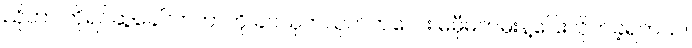
ညိုဟာ ကိုရင်ဆွဲခေါ်လာတာကို ခပ်သုတ်သုတ်ကလေး မမှီမကမ်းနဲ့ပြေးလိုက်ခဲ့ရတယ်။